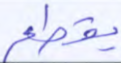
بقطع